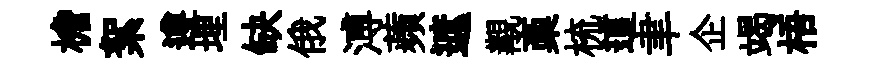
檐絮遵埋缺俄溥蘋遮覯稾梳這聿企竭梧